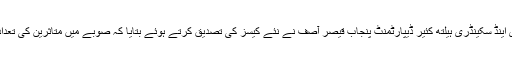
ترجمان پرائمری اینڈ سکینڈری ہیلتھ کئیر ڈیپارٹمنٹ پنجاب قیصر آصف نے نئے کیسز کی تصدیق کرتے ہوئے بتایا کہ صوبے میں متاثرین کی تعداد 2004 ہوگئی۔